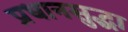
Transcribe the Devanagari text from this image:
प्रधानसुद्धा